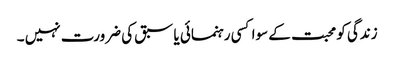
زندگی کو محبت کے سوا کسی رہنمائی یا سبق کی ضرورت نہیں ۔